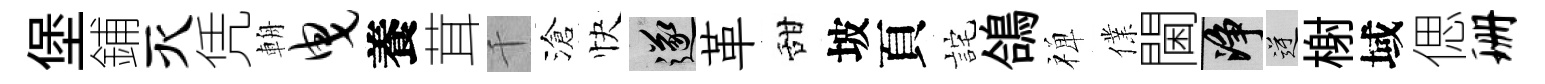
堡鋪灭凭輈曳養茸千滄快遂革甜坡頁詫鴿禅㒒閫净逆榭域偲珊